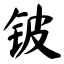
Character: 铍